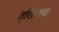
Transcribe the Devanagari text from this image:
तखि़लया